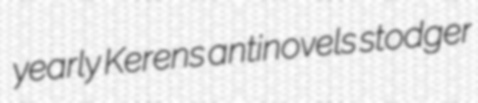
yearly Kerens antinovels stodger